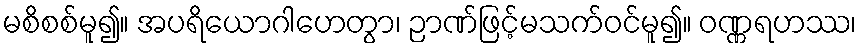
မစိစစ်မူ၍။ အပရိယောဂါဟေတွာ၊ ဉာဏ်ဖြင့်မသက်ဝင်မူ၍။ ဝဏ္ဏရဟဿ၊